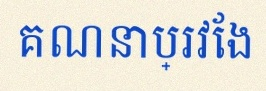
គណនាប្រវែង